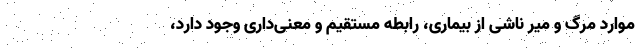
موارد مرگ و میر ناشی از بیماری، رابطه مستقیم و معنی‌داری وجود دارد،